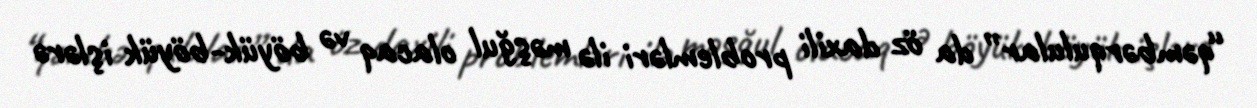
“qəmbərqulular” da öz daxili problemləri ilə məşğul olacaq və böyük-böyük işlərə